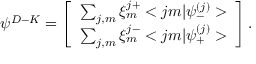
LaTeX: { \psi } ^ { D - K } = \left[ \begin{array} { c } { { \sum _ { j , m } \xi _ { m } ^ { j + } < j m | { \psi } _ { - } ^ { ( j ) } > } } \\ { { \sum _ { j , m } \xi _ { m } ^ { j - } < j m | { \psi } _ { + } ^ { ( j ) } > } } \end{array} \right] .